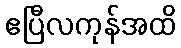
ဧပြီလကုန်အထိ